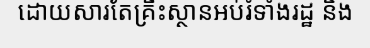
ដោយសារតែគ្រឹះស្ថានអប់រំទាំងរដ្ឋ និង